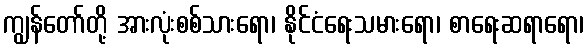
ကျွန်တော်တို့ အားလုံးစစ်သားရော၊ နိုင်ငံရေးသမားရော၊ စာရေးဆရာရော၊